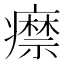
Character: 𤻎